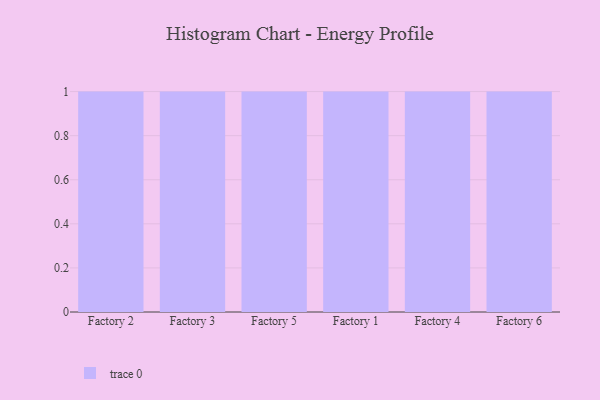
{"axis": {"x": "Factory", "y": "Churn Rate (%)"}, "legend": [""], "data": [{"x": "Factory 2", "y": 86, "type": ""}, {"x": "Factory 3", "y": 75, "type": ""}, {"x": "Factory 5", "y": 2, "type": ""}, {"x": "Factory 1", "y": 5, "type": ""}, {"x": "Factory 4", "y": 65, "type": ""}, {"x": "Factory 6", "y": 78, "type": ""}]}